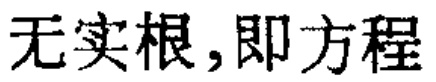
无实根,即方程